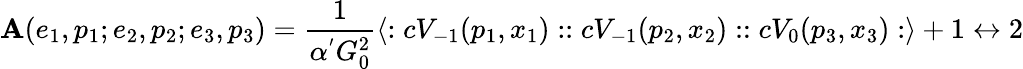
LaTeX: \mathbf{A}(e_{1},p_{1};e_{2},p_{2};e_{3},p_{3})=\frac{{1}}{{\alpha^{'}G_{0}^{2}}}\langle:cV_{-1}(p_{1},x_{1})::cV_{-1}(p_{2},x_{2})::cV_{0}(p_{3},x_{3}):\rangle+1\leftrightarrow2